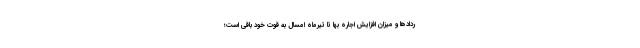
ردادها و میزان افزایش اجاره بها تا تیرماه امسال به قوت خود باقی است؛